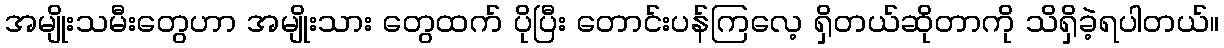
အမျိုးသမီးတွေဟာ အမျိုးသား တွေထက် ပိုပြီး တောင်းပန်ကြလေ့ ရှိတယ်ဆိုတာကို သိရှိခဲ့ရပါတယ်။